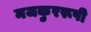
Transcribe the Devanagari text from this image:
मजकुररूपी